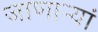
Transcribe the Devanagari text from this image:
जाणाऱ्यां